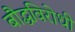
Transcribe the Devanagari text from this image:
बौद्धविरोधी